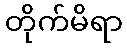
တိုက်မိရာ